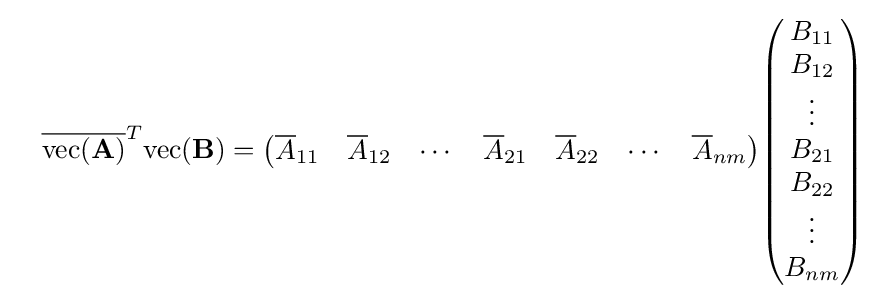
\quad {\overline {\mathrm {vec} (\mathbf {A} )}}^{T}\mathrm {vec} (\mathbf {B} )={\begin{pmatrix}{\overline {A}}_{11}&{\overline {A}}_{12}&\cdots &{\overline {A}}_{21}&{\overline {A}}_{22}&\cdots &{\overline {A}}_{nm}\end{pmatrix}}{\begin{pmatrix}B_{11}\\B_{12}\\\vdots \\B_{21}\\B_{22}\\\vdots \\B_{nm}\end{pmatrix}}